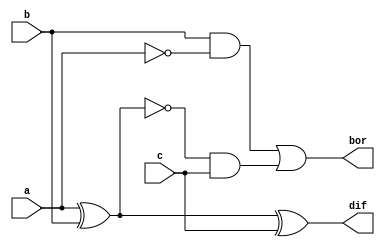
`timescale 1ns / 1ps

module full_subtractor(input a,b,c,output dif,bor
    );
wire w1,w2,w3,w4,w5;
xor x1(w1,a,b);
xor x2(dif,w1,c);
not n1(w2,a);
and an1(w3,b,w2);
not n2(w4,w1);
and an2(w5,w4,c);
or o1(bor,w3,w5);
endmodule